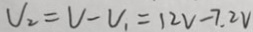
V _ { 2 } = V - V _ { 1 } = 1 2 V - 7 . 2 V